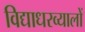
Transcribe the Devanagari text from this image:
विद्याधरव्यालों